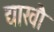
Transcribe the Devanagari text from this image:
द्याखौ